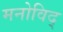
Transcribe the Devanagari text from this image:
मनोविद्